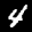
Label: 4